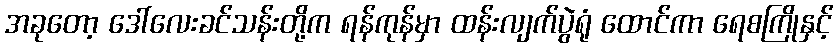
အခုတော့ ဒေါ်လေးခင်သန်းတို့က ရန်ကုန်မှာ ထန်းလျက်ပွဲရုံ ထောင်ကာ ရေစကြိုနှင့်